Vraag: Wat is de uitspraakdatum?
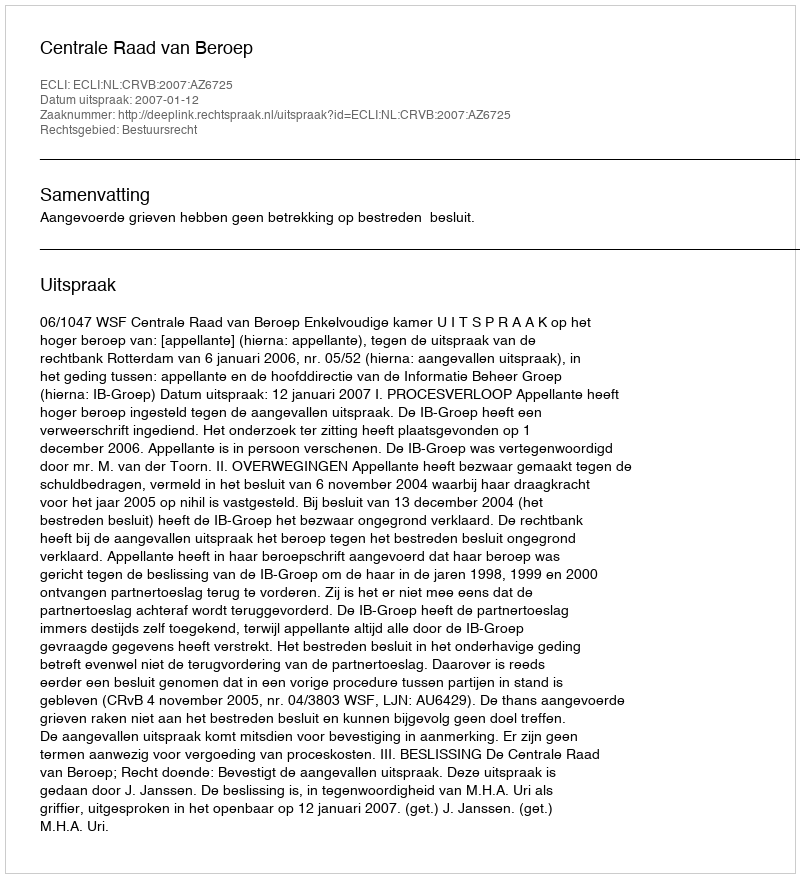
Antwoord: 2007-01-12